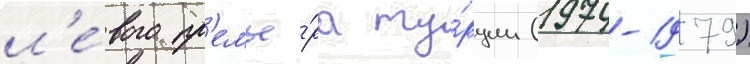
л'е́вого пр'емье́ра ту́рции (1974-1979)